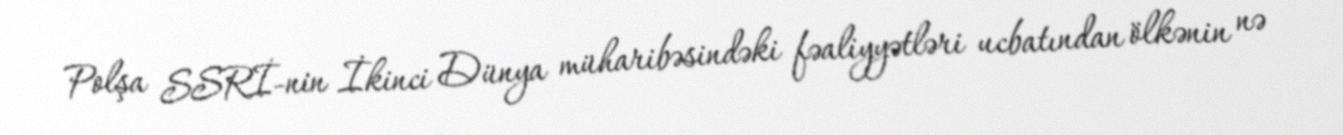
Polşa SSRİ-nin İkinci Dünya müharibəsindəki fəaliyyətləri ucbatından ölkənin nə